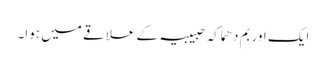
ایک اور بم دھماکہ حبیبیہ کے علاقے میں ہوا۔